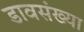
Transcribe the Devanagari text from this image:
डावसंख्या